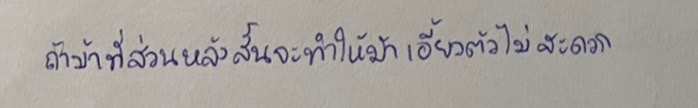
ถ้าม้าที่ส่วนหลังสั้นจะทำให้ม้าเอี้ยวตัวไม่สะดวก